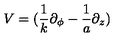
{ \displaystyle { V = ( \frac { 1 } { k } \partial _ { \phi } - \frac { 1 } { a } \partial _ { z } ) } }